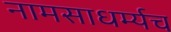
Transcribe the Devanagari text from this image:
नामसाधर्म्यच